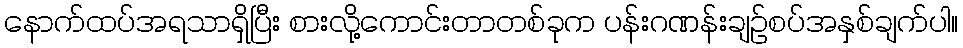
နောက်ထပ်အရသာရှိပြီး စားလို့ကောင်းတာတစ်ခုက ပန်းဂဏန်းချဉ်စပ်အနှစ်ချက်ပါ။